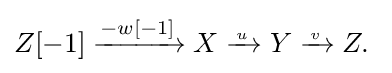
Z[-1]\xrightarrow {-w[-1]} X\xrightarrow {{} \atop u} Y\xrightarrow {{} \atop v} Z.\